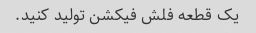
یک قطعه فلش فیکشن تولید کنید.